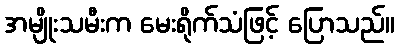
အမျိုးသမီးက မေးရိုက်သံဖြင့် ပြောသည်။